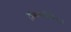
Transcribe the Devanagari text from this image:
ट्रांसकांटिनेंटल